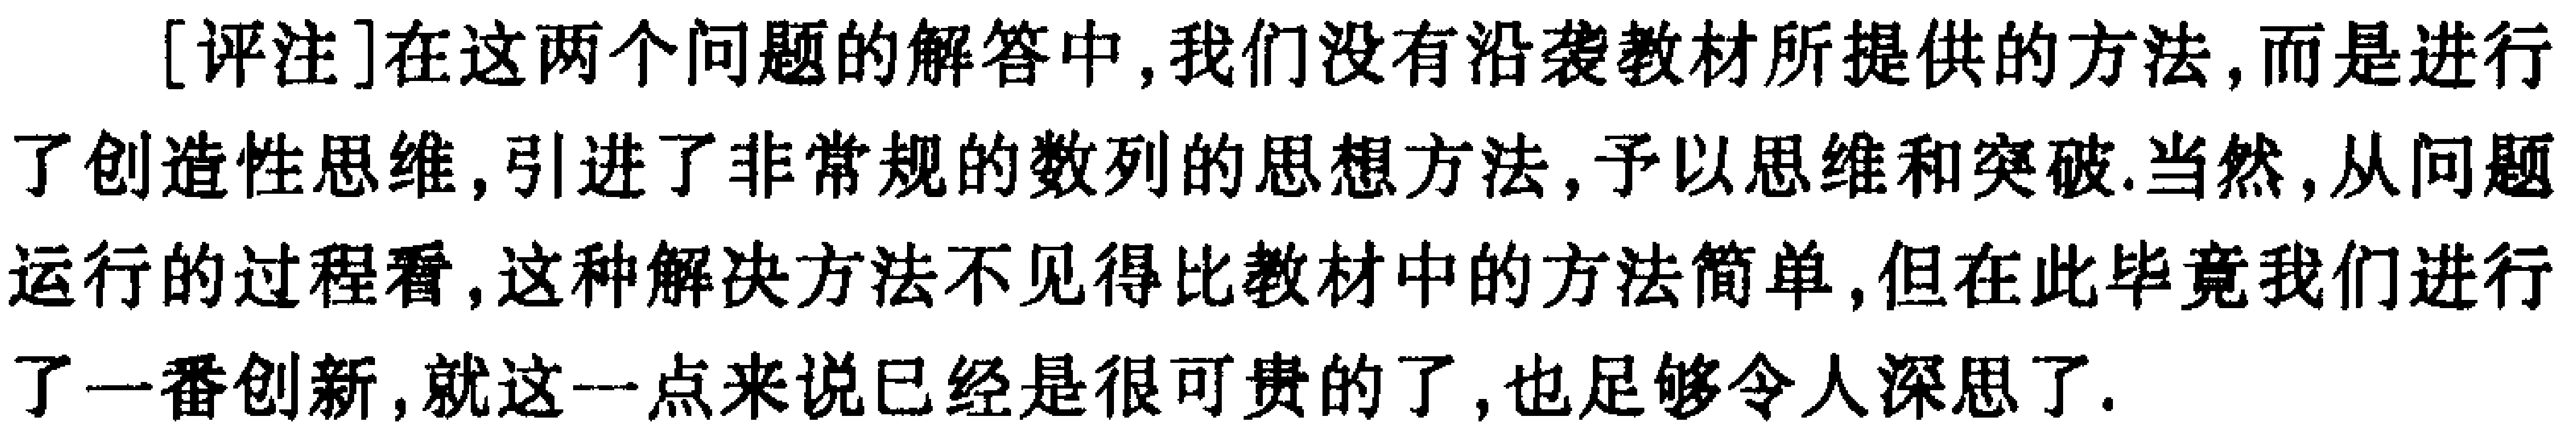
[评注]在这两个问题的解答中,我们没有沿袭教材所提供的方法,而是进行了创造性思维,引进了非常规的数列的思想方法,予以思维和突破.当然,从问题运行的过程看,这种解决方法不见得比教材中的方法简单,但在此毕竟我们进行了一番创新,就这一点来说已经是很可贵的了,也足够令人深思了.